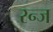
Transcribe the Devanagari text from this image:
रन्ज